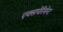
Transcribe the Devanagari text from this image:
एक्सपेरिमेन्ट